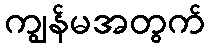
ကျွန်မအတွက်